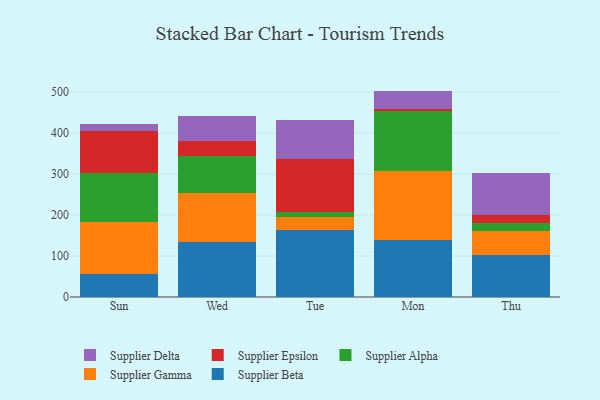
{"axis": {"x": "Day", "y": "Page Views"}, "legend": ["Supplier Alpha", "Supplier Beta", "Supplier Delta", "Supplier Epsilon", "Supplier Gamma"], "data": [{"x": "Sun", "y": 57.1, "type": "Supplier Beta"}, {"x": "Sun", "y": 127.1, "type": "Supplier Gamma"}, {"x": "Sun", "y": 118.8, "type": "Supplier Alpha"}, {"x": "Sun", "y": 101.6, "type": "Supplier Epsilon"}, {"x": "Sun", "y": 17.0, "type": "Supplier Delta"}, {"x": "Wed", "y": 135.0, "type": "Supplier Beta"}, {"x": "Wed", "y": 117.9, "type": "Supplier Gamma"}, {"x": "Wed", "y": 92.1, "type": "Supplier Alpha"}, {"x": "Wed", "y": 36.0, "type": "Supplier Epsilon"}, {"x": "Wed", "y": 60.0, "type": "Supplier Delta"}, {"x": "Tue", "y": 162.7, "type": "Supplier Beta"}, {"x": "Tue", "y": 33.7, "type": "Supplier Gamma"}, {"x": "Tue", "y": 12.1, "type": "Supplier Alpha"}, {"x": "Tue", "y": 129.4, "type": "Supplier Epsilon"}, {"x": "Tue", "y": 93.4, "type": "Supplier Delta"}, {"x": "Mon", "y": 139.1, "type": "Supplier Beta"}, {"x": "Mon", "y": 167.5, "type": "Supplier Gamma"}, {"x": "Mon", "y": 147.4, "type": "Supplier Alpha"}, {"x": "Mon", "y": 5.6, "type": "Supplier Epsilon"}, {"x": "Mon", "y": 43.4, "type": "Supplier Delta"}, {"x": "Thu", "y": 103.6, "type": "Supplier Beta"}, {"x": "Thu", "y": 58.3, "type": "Supplier Gamma"}, {"x": "Thu", "y": 17.8, "type": "Supplier Alpha"}, {"x": "Thu", "y": 20.6, "type": "Supplier Epsilon"}, {"x": "Thu", "y": 101.2, "type": "Supplier Delta"}]}